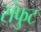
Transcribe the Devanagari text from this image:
संफुट